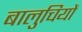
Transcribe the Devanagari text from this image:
बालुचियों